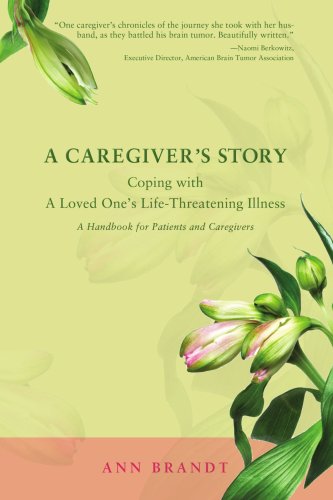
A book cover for A Caregiver's Story: Coping with A Loved One's Life-Threatening Illness; Ann Brandt; Medical Books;